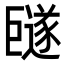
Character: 𪩩